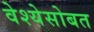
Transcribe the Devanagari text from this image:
वेश्येसोबत